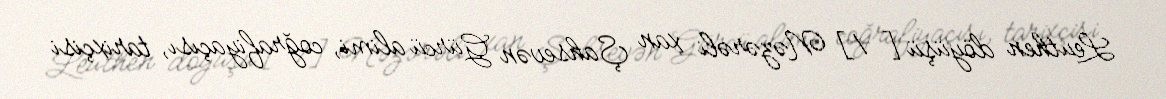
Leuthen döyüşü [1] Nəzərəli xan Şahsevən Gürcü alimi, coğrafiyaçısı, tarixçisi